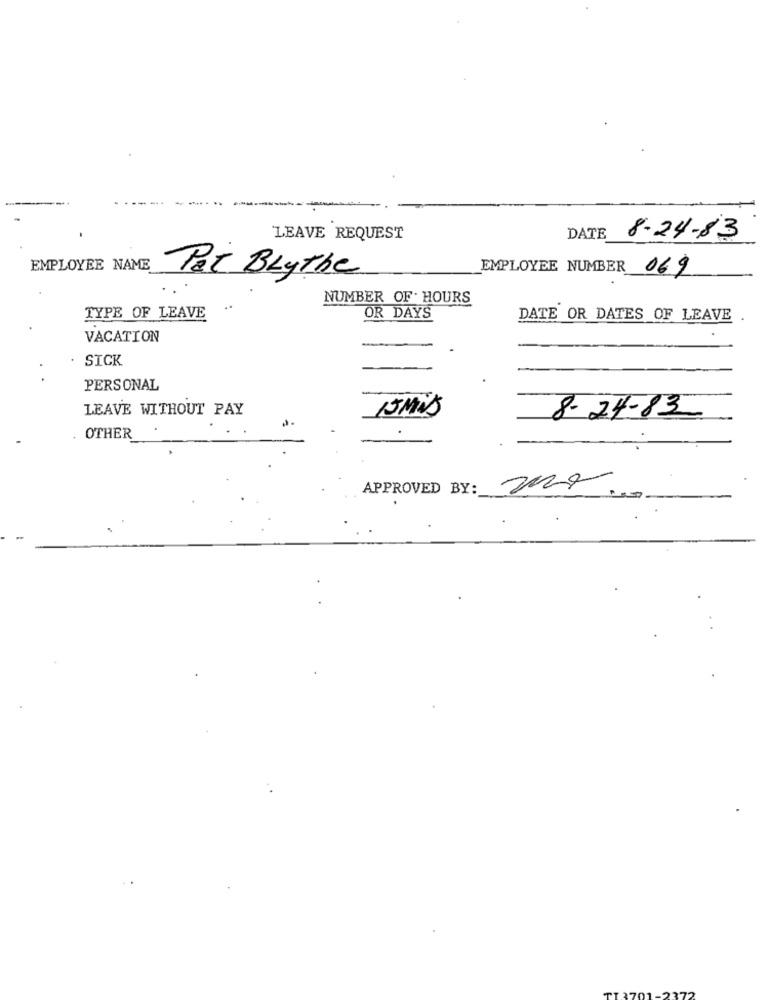
LEAVE REQUEST
DATE
8-24-83
EMPLOYEE NAME
EMPLOYEE NUMBER
Pet Blythe
069
NUMBER OF. HOURS
TYPE OF LEAVE
OR DAYS
DATE OR DATES OF LEAVE
VACATION
SICK
PERSONAL
LEAVE WITHOUT PAY
15Mis
8- 24-83
OTHER
APPROVED BY: